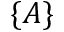
\{ A \}